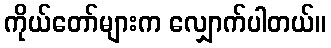
ကိုယ်တော်များက လျှောက်ပါတယ်။